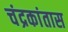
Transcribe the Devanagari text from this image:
चंद्रकांतास